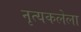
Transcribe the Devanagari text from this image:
नृत्यकलेला